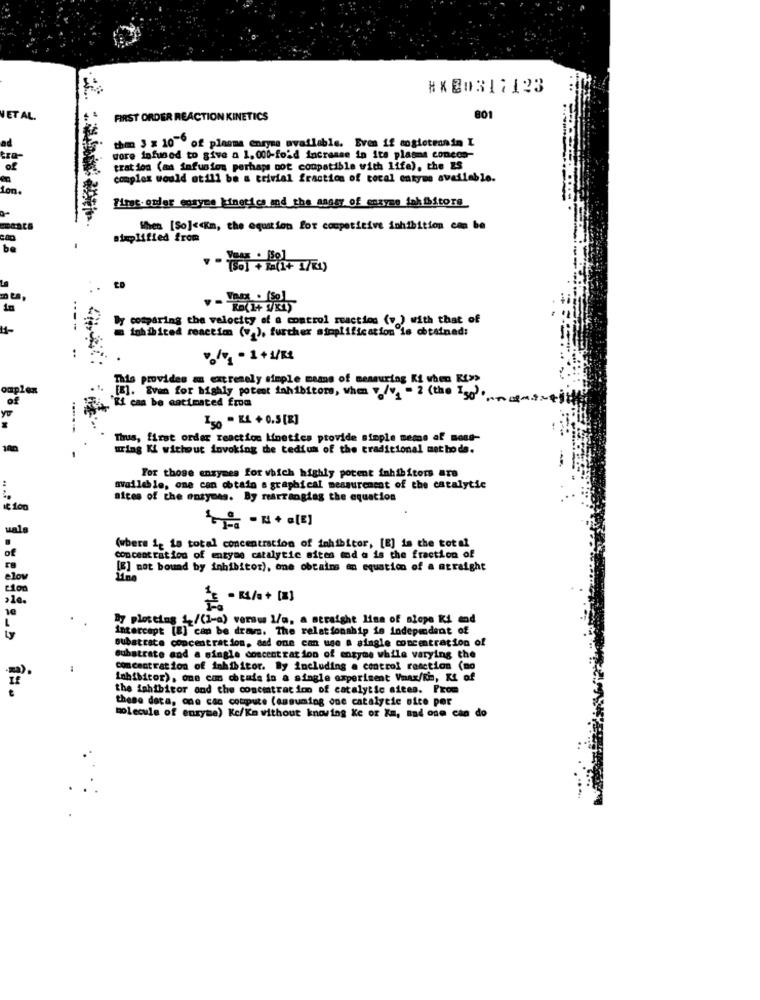
#XE0317123
ETAL
FIRST ORDER REACTION KINETICS
801
ad
then 3 x 10 of plasma enzyme available. Even if sosieteanim I
tra-
wore infuned to give a 1. 000-fold increase in its plasms concon-
of
tration (aa infusion perhaps not compatible with life), the ES
complex would still be a trivial fraction of tocal entyme available.
Son.
first-order cosyme kinetics and the asasy of easyse inhibitors
When [So] << Km, the equation for competitive inhibition con be
simplified from
be
..
by comparing the velocity of a control reaction (v ) with that of
inhibited reactim (v ), further simplification is obtained:
%/V1 - 1+1/K
This provides an extremely simple means of measuring Ki vhen KI>>
omplex
[E]. Even for highly potent inhibitor, when v /v = 2 (the 150 ...
"Ei can be estimated from
[30 - KL + 0.5 [8]
Thus, first order reaction kinetics provide simple meme af mons-
wing Ki without invoking the tedfun of the traditional metho de.
For those enzymes for which highly potent inhibitors are
available, one can obtain a graphical measurement of the catalytic
sices of the enzymes. By rearranging the equation
€ 100
uals
of
(where it ta total concentration of inhibitor, [E] is the total
concentration of entyme catalytic sites mad a is the fraction of
[E] mot bound by inhibitor), one obtains an equation of a straight
elov
2100
- KA/a+ [8]
10
By plotting &/(1-a) versus 1/a. a straight line of alope Ki and
intercept [8] can be draws. The relationship is independent of
substrate concentration, and one can use a single concentration of
Substrate and a single concentration of enzyme while varying the
:
concent ration of inhibitor. By including a control reaction (no
Inhibitor), one con chemia in a single experiment Vmax/Km, Ki of
the inhibitor and the concentration of catalytic sites. From
these data, one can coupure (assuming one catalytic nice por
molecule of enzyme) Kc/Km without knowing Ke or Ka, and one can do